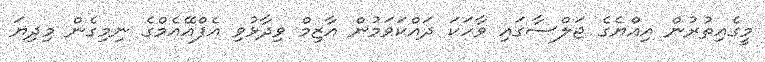
މީގެއިތުރުން އިއްޔެގެ ޖަލްސާގައި ވާހަކަ ދައްކަވަމުން އާޒިމް ވިދާޅުވި އެފްއޭއެމްގެ ނިމިގެން މިދިޔަ